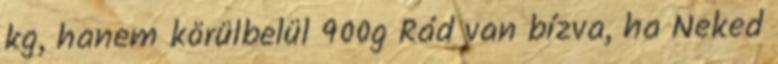
kg, hanem körülbelül 900g Rád van bízva, ha Neked